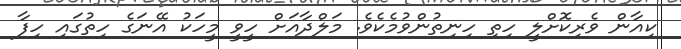
ކިއާން ވެރިކޮށްލީ ހިތި ހިނިތުންވުމެކެވެ. މަލްދާއަށް ހީވީ މީހަކު އޭނަގެ ހިތުގައި ހިފާ